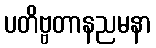
ပတိဗ္ဗတာနညမနာ